Tezpur Lunatic Asylum reports 1895-1904 - 1895-1904
Year: 1895
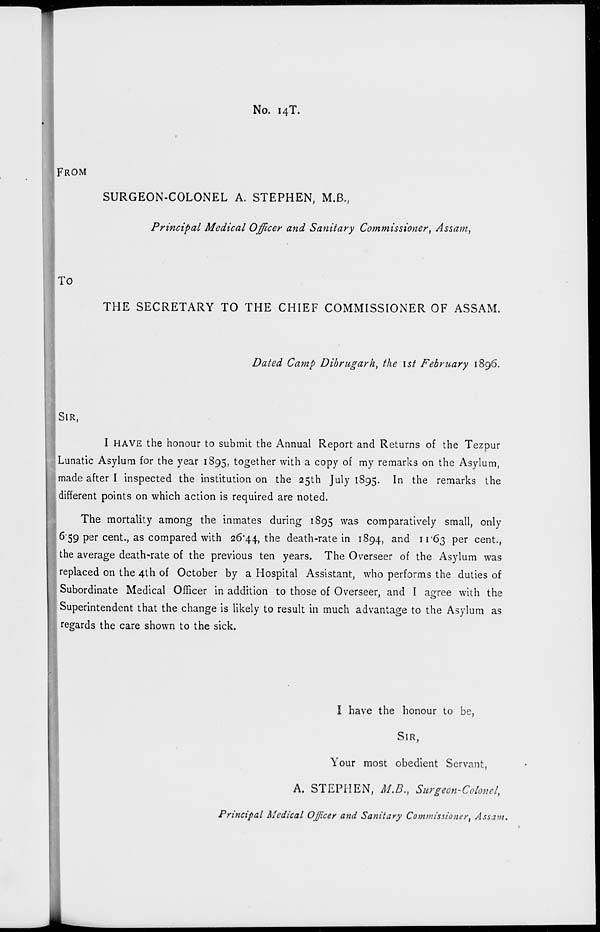
No. 14T.
FROM
SURGEON-COLONEL A. STEPHEN, M.B.,
Principal Medical Officer and Sanitary Commissioner, Assam,
TO
THE SECRETARY TO THE CHIEF COMMISSIONER OF ASSAM.
Dated Camp Dibrugarh, the \st February 1896.
I SIR,
I HAVE the honour to submit the Annual Report and Returns of the Tezpur
Lunatic Asylum for the year 1895, together with a copy of my remarks on the Asylum,
made after I inspected the institution on the 25th July 1895. In the remarks the
different points on which action is required are noted.
The mortality among the inmates during 1895 was comparatively small, only
~ 6*59 per cent., as compared with 26*44, the death-rate in 1894, and 11*63 per cent.,
the average death-rate of the previous ten years. The Overseer of the Asylum was
replaced on the 4th of October by a Hospital Assistant, who performs the duties of
Subordinate Medical Officer in addition to those of Overseer, and I agree with the
Superintendent that the change is likely to result in much advantage to the Asylum as
regards the care shown to the sick.
I have the honour to be,
SIR,
Your most obedient Servant,
A. STEPHEN, M.B., Surgeon-Colonel,
Principal Medical Officer and Sanitary Commissioner, Assam.